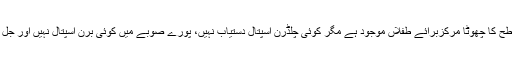
یہاں امراض قلب کا کوئی اسپتال موجود نہیں،حاجی کیمپ میں ایک بہت ہی محدود سطح کا چھوٹا مرکزبرائے طفلاں موجود ہے مگر کوئی چلڈرن اسپتال دستیاب نہیں، پورے صوبے میں کوئی برن اسپتال نہیں اور جل جانے کی صورت میں مریضوں کو پنجاب کے مختلف اسپتالوں میں بھیجنا پڑتا ہے ۔